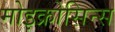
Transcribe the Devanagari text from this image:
मोइक्रोसिन्स